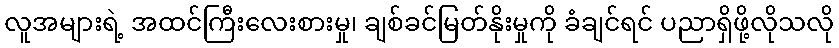
လူအများရဲ့ အထင်ကြီးလေးစားမှု၊ ချစ်ခင်မြတ်နိုးမှုကို ခံချင်ရင် ပညာရှိဖို့လိုသလို